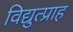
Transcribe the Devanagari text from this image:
विद्युत्प्राह